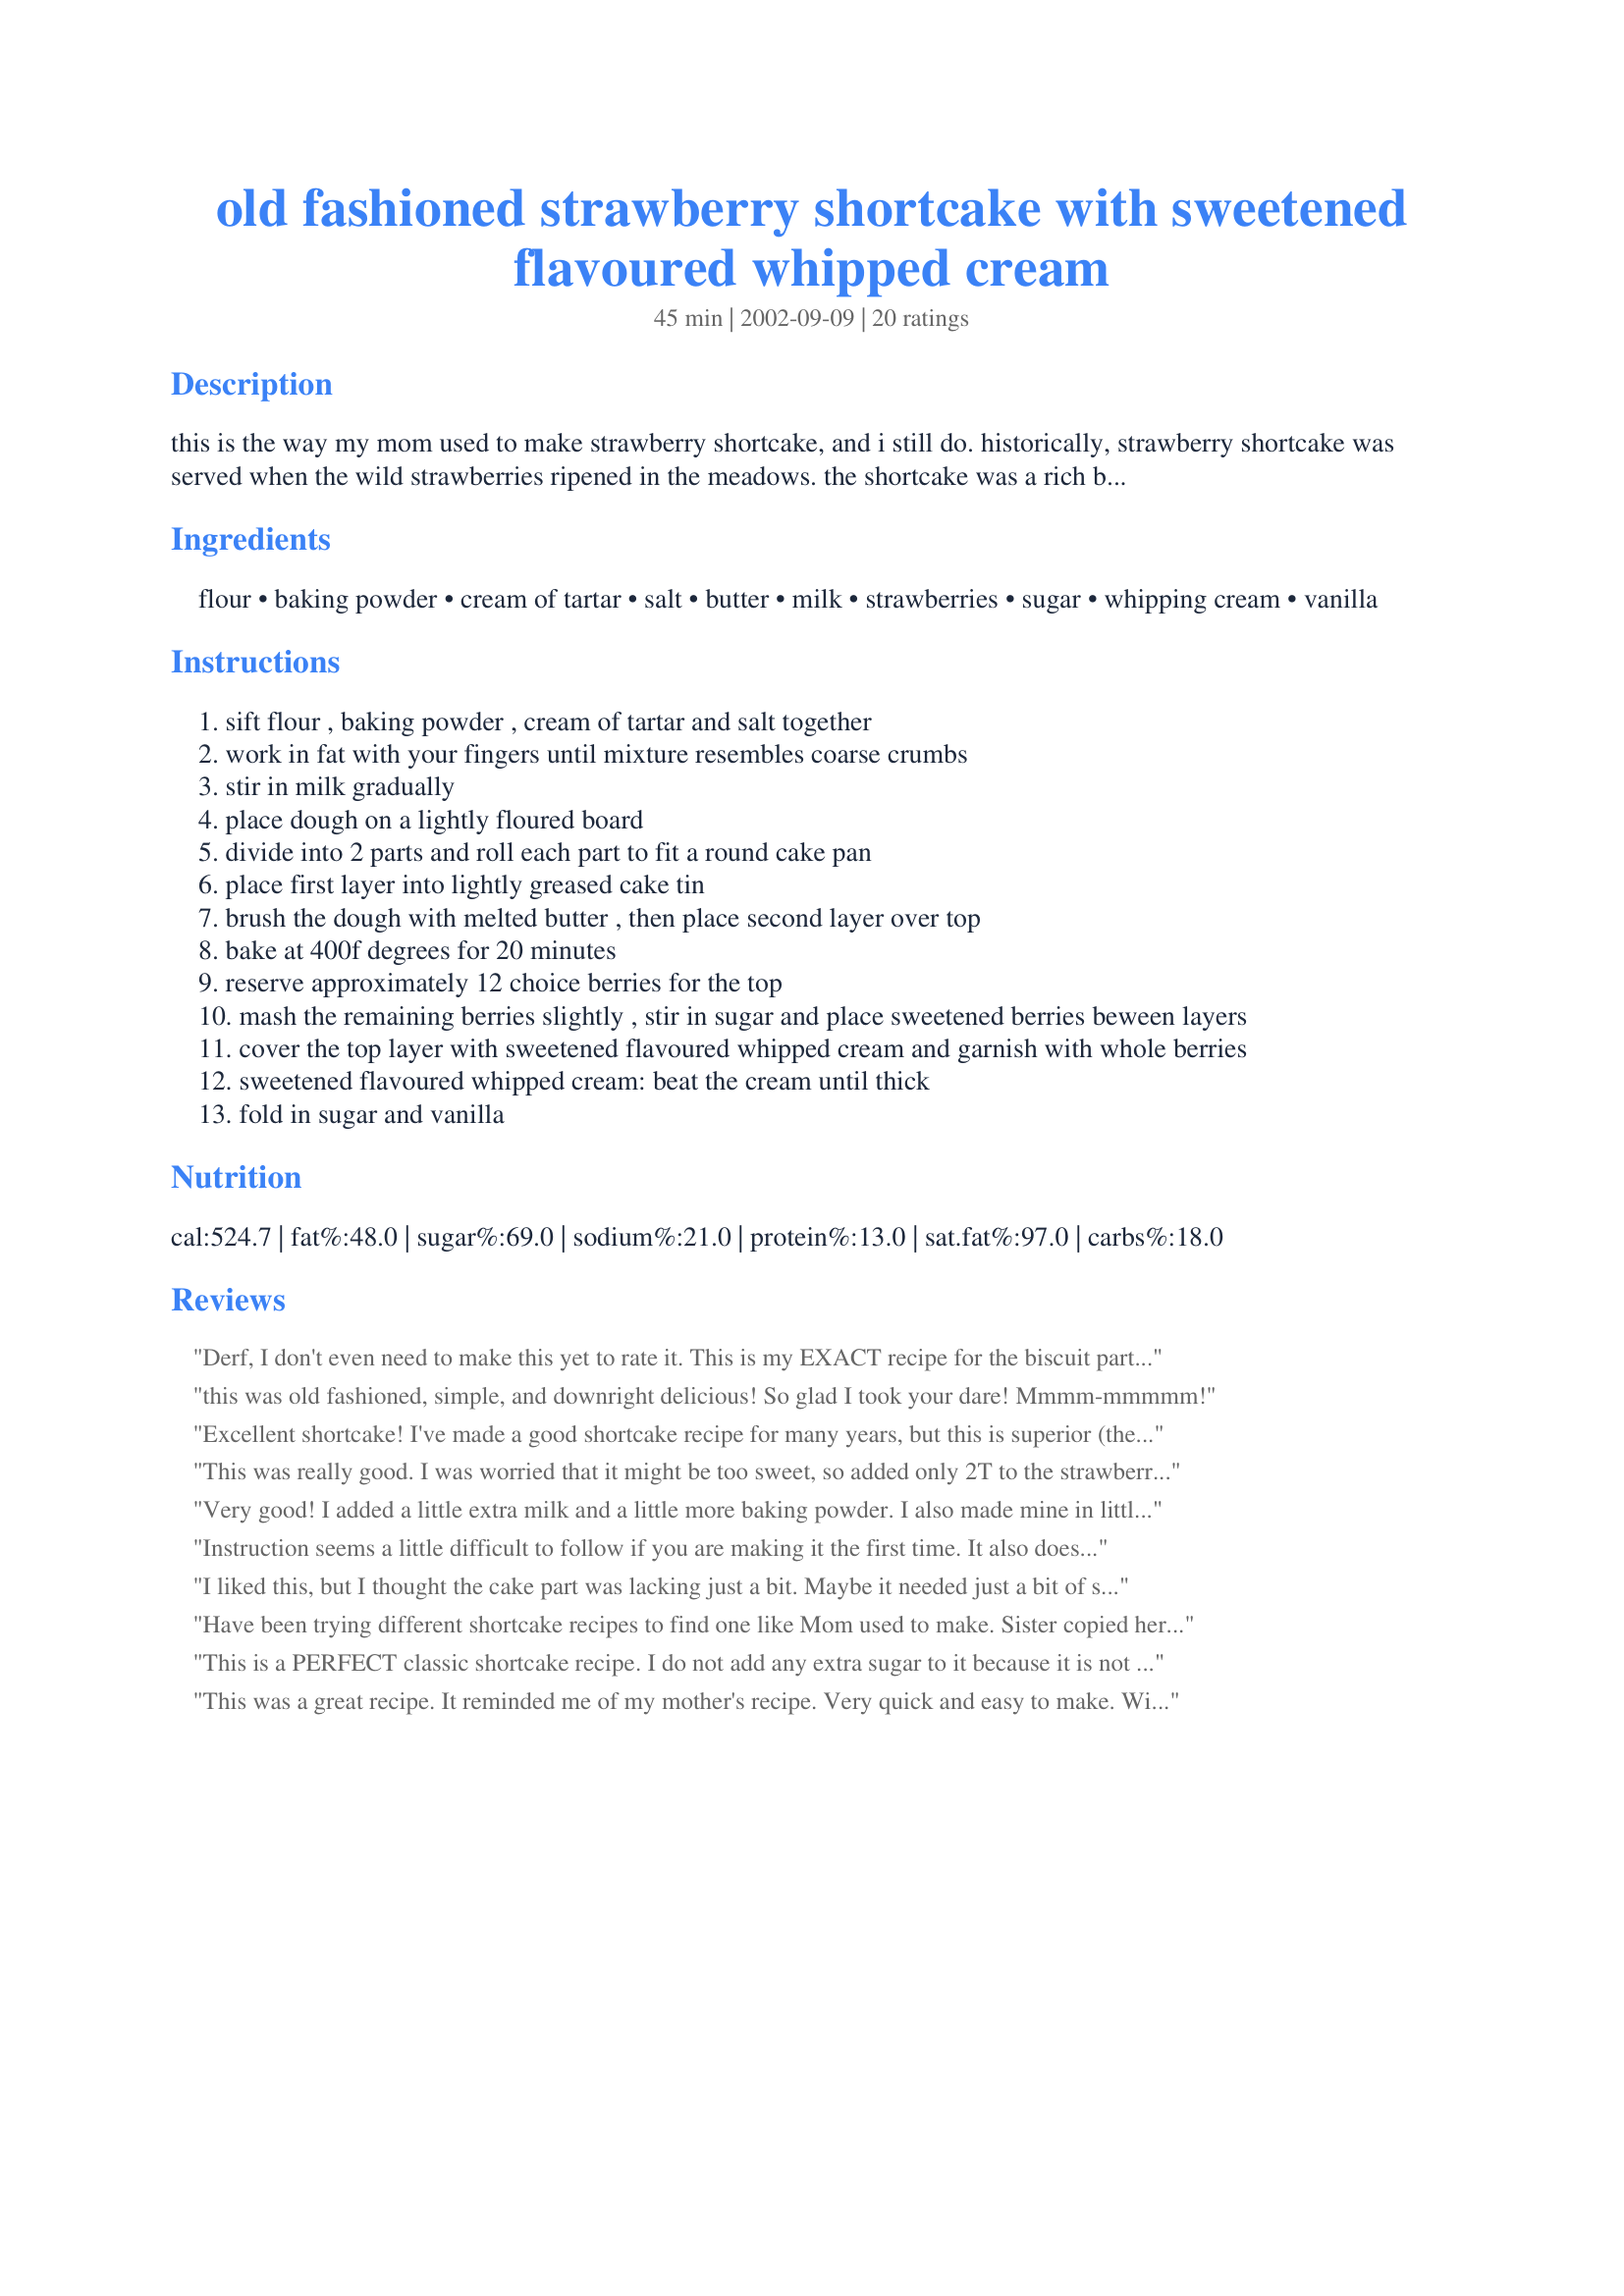
old fashioned strawberry shortcake with sweetened flavoured whipped cream
Preparation time: 45 minutes

this is the way my mom used to make strawberry shortcake, and i still do. historically, strawberry shortcake was served when the wild strawberries ripened in the meadows. the shortcake was a rich biscuit dough baked in a round cake pan. this recipe was taken from mrs. george treadway's handwritten recipe book, dated 1898 and is now part of the historic collection in the museum at high river, alberta.

Ingredients:
flour, baking powder, cream of tartar, salt, butter, milk, strawberries, sugar, whipping cream, vanilla

Steps:
sift flour , baking powder , cream of tartar and salt together
work in fat with your fingers until mixture resembles coarse crumbs
stir in milk gradually
place dough on a lightly floured board
divide into 2 parts and roll each part to fit a round cake pan
place first layer into lightly greased cake tin
brush the dough with melted butter , then place second layer over top
bake at 400f degrees for 20 minutes
reserve approximately 12 choice berries for the top
mash the remaining berries slightly , stir in sugar and place sweetened berries beween layers
cover the top layer with sweetened flavoured whipped cream and garnish with whole berries
sweetened flavoured whipped cream: beat the cream until thick
fold in sugar and vanilla

Reviews:
Derf, I don't even need to make this yet to rate it. This is my EXACT recipe for the biscuit part except I add sugar to it as well! I also make mine in individual biscuits instead of one large one. It's nice to know this has a historical significance too. Thanx!
this was old fashioned, simple, and downright delicious! So glad I took your dare! Mmmm-mmmmm!
Excellent shortcake! I've made a good shortcake recipe for many years, but this is superior (there's more butter in this one but hey, this is a special dessert). They rise well and are very quick and simple also. 
This is a keeper. Thanks for sharing!
This was really good. I was worried that it might be too sweet, so added only 2T to the strawberries, which I sliced with my egg slicer instead of mashing. THIS WAS FABULOUS! Directions might add that waiting a bit for the cake to cool is important -- I was in a rush and there was *some* melting, but it was SOOOO good, no one cared. Thank you for a really simple and tasty desert!
Very good! I added a little extra milk and a little more baking powder. I also made mine in little ramekins (3") for individual little shortcakes. They were adorable and just the right size! When I served them, I just cut them in half and put strawberris inbetween and the wonderful whipped cream on top! Everyone thought they looked and tasted great! Thank you!
Instruction seems a little difficult to follow if you are making it the first time. It also doesn't tell you how much butter to melt, or how much fat (butter) to cut in. I just cut in all butter in the dough. I didn't understand how to make it two layers with the butter in between, therefore I just made one layer, scooped into muffin pan. Luckily I added 1/4 cup suger with the dry ingredients, the flavor is great. I have never like biscuits, but this recipe is awesome! Please adjust the sugar in the dough according to your own taste. Without sugar it is rather bland. I also served it with light whipped cream bought from the store.
I liked this, but I thought the cake part was lacking just a bit. Maybe it needed just a bit of sugar like the other review said? It was still really good and our dinner guests raved about it and went back for seconds. Thanks!
Have been trying different shortcake recipes to find one like Mom used to make. Sister copied her recipes and definitely left something out on the shortcake recipe. This shortcake tastes just like what Mom used to make ~ just slightly sweet, dense and moist. It's the perfect compliment to the beautiful fresh strawberries that we're enjoying at this time of year!!
This is a PERFECT classic shortcake recipe. I do not add any extra sugar to it because it is not meant to be sweet! The cake part is meant to be a biscuit; salty and slightly sweet. It is the whipped cream and strawberries that is meant to make it all come together. It is not meant to be a really sweet desert. I make this every Mother's day for my mom because she loves it (which is really saying something coming from MY mother! Thanks for sharing this treasure!
This was a great recipe. It reminded me of my mother's recipe. Very quick and easy to make. Will make again soon. Thanks for posting.
I used organic, whole wheat pastry flour and followed the recipe for dough carefully. If you overwork the dough, as I did, it's impossible to separate the layers after baking. I used a mix of blue, rasp, and straw-berries and simply let my guests serve themselves. The sweetened whip cream is important, as the shortcake is rich but not at all sweet.
Yep, this was the one!! I found my grandma's recipe. I followed hannah234's suggestion with the 3 inch ramekins (it was drop biscuits for me, but it worked) as well as chef445804's the 1/4 cup sugar to the biscuit mix. I invited my mom over for dinner and dessert and she raved on and on about my grandmother's strawberry short cake and how this recipe reminded her of my grandmother's, and there were other wonderful memories too. My mom thanks you and so do I.
I fixed your sweetened flavored whipped cream to top a cherry pie because I was out of Cool Whip, and didn't want to go out to the grocery store. I had never fixed home-made whipped cream, so this was a cool experience for me! It turned out so well and delicious! I felt like a great chef! Thanks so much!

Saulo
De-lish! I loved this recipe - so simple, but wonderful. I also added 1/4 C of sugar to the biscuit mix to add a little sweetness to the biscuits. I will definitely make this again.
I really want to make this, but I'm a bit unclear; most of the reviews mentioned adding 1/4 C Sugar, however the recipe lists 1/4 C sugar! Does this mean that you used 1/2 C total? Or has the recipe been edited since these reviews were made?
This is our favorite recipe for strawberry shortcake as well. The cake is such a nice buttery biscuit. Strawberries will occasionally require extra sugar but we just adjust accordingly. Thanks Derf for posting such an incredible recipe!
Fantastic-i made this when the inlaws were here and they were very very impressed-easy to make ahead and assemble just before serving-a definate keeper
Derf,
 This was the easiest and tastiest shortcake we have ever had. It was simple to make and not time consuming at all. In fact, I've made it 4 times this month already. Thanks for sharing.
Delicious, bisquits had a great texture and taste compared to others we have eaten. But, I did add 1/4 cup sugar to the bisquit mix after complaints from people who had previously had strawberry shortcake
Very good, but agree with some other reviewers that a couple of tablespoons of sugar in the shortcake would improve it.
